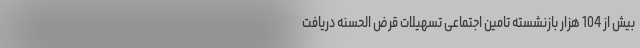
بیش از 104 هزار بازنشسته تامین اجتماعی تسهیلات قرض الحسنه دریافت